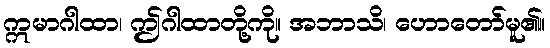
ဣမာဂါထာ၊ ဤဂါထာတို့ကို။ အဘာသိ၊ ဟောတော်မူ၏။